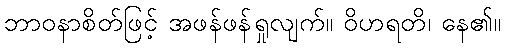
ဘာဝနာစိတ်ဖြင့် အဖန်ဖန်ရှုလျက်။ ဝိဟရတိ၊ နေ၏။